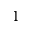
1